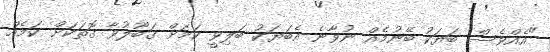
"އެއްވެސް ބަޔަކު ބޭނުމެއް ނުވާނެ އެބަޔަކު ބަލިވީ ކަމަށް ގަބޫލުވާ ގޮތަކަށް ކަމެއް